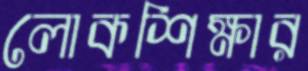
লোকশিক্ষার